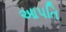
આપતિ